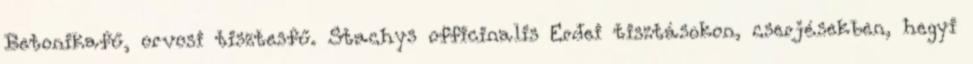
Betonikafű, orvosi tisztesfű. Stachys officinalis Erdei tisztásokon, cserjésekben, hegyi